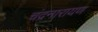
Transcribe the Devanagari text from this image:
चंद्रनारायण